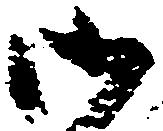
御